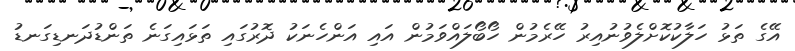
އޭގެ ތަޅު ހަލާކުކޮށްލެވުނުއިރު ހޭރެމުން ހޯބޯލައްވަމުން އައި އަންހެނަކު ދޮރުގައި ތަޅައިގަނެ ތަންޑުދަނޑިގަނޑު